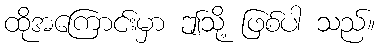
ထိုအကြောင်းမှာ ဤသို့ ဖြစ်ပါ သည်။